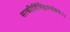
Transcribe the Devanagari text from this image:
सत्कीर्तिश्छिन्नसंशयः।।